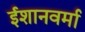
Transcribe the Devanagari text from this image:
ईशानवर्मा